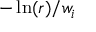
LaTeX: - \ln ( r ) / w _ { i }